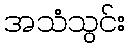
အသံသွင်း